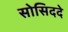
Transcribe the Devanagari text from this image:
सोसिददे